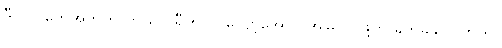
ဒီလိုလူတွေအတွက် ကယ်လိုရီ ၅၀၀ လျော့အောင် အမြဲလုပ်ဖို့က ခက်ခဲနိုင်ပါတယ်။